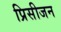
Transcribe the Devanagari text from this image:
प्रिसीजन